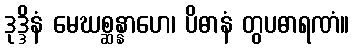
ဒုဒ္ဒိနံ မေဃစ္ဆန္နာဟေ၊ ပိဓာနံ တွပဓာရဏံ။